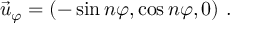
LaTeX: \vec { u } _ { \varphi } = ( - \sin n \varphi , \cos n \varphi , 0 ) \ .